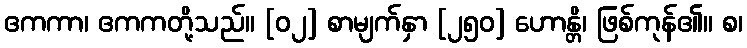
ဧကကာ၊ ဧကကတို့သည်။ [၀၂] စာမျက်နှာ [၂၅၀] ဟောန္တိ၊ ဖြစ်ကုန်၏။ စ၊